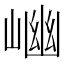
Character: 𡺖